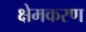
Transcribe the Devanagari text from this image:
क्षेमकरण